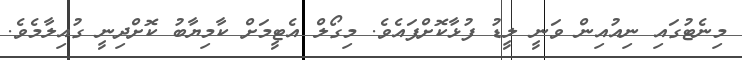
މިނެޓުގައި ނިއުއިން ވަނީ ލީޑު ފުޅާކޮށްފައެވެ. މިގޯލް އެޓީމަށް ކާމިޔާބު ކޮށްދިނީ ގުއިލާމެވެ.